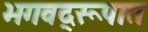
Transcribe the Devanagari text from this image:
भगवद्‌रूपात